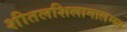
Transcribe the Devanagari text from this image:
शीतलशिलामालम्ब्य